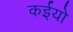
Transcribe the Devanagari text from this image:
कईयो